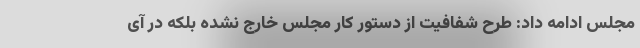
مجلس ادامه داد: طرح شفافیت از دستور کار مجلس خارج نشده بلکه در آی